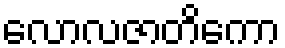
လောလဇာတိကော